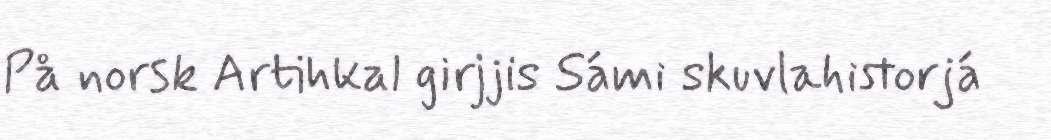
På norsk Artihkal girjjis Sámi skuvlahistorjá